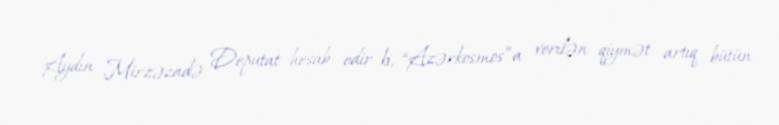
Aydın Mirzəzadə Deputat hesab edir ki, “Azərkosmos”a verilən qiymət artıq bütün